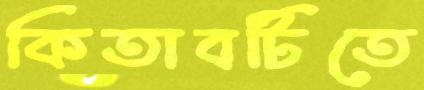
কিতাবটিতে